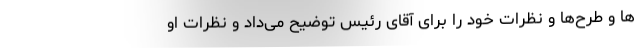
ها و طرح‌ها و نظرات خود را برای آقای رئیس توضیح می‌داد و نظرات او